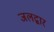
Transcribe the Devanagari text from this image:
जलद्वार